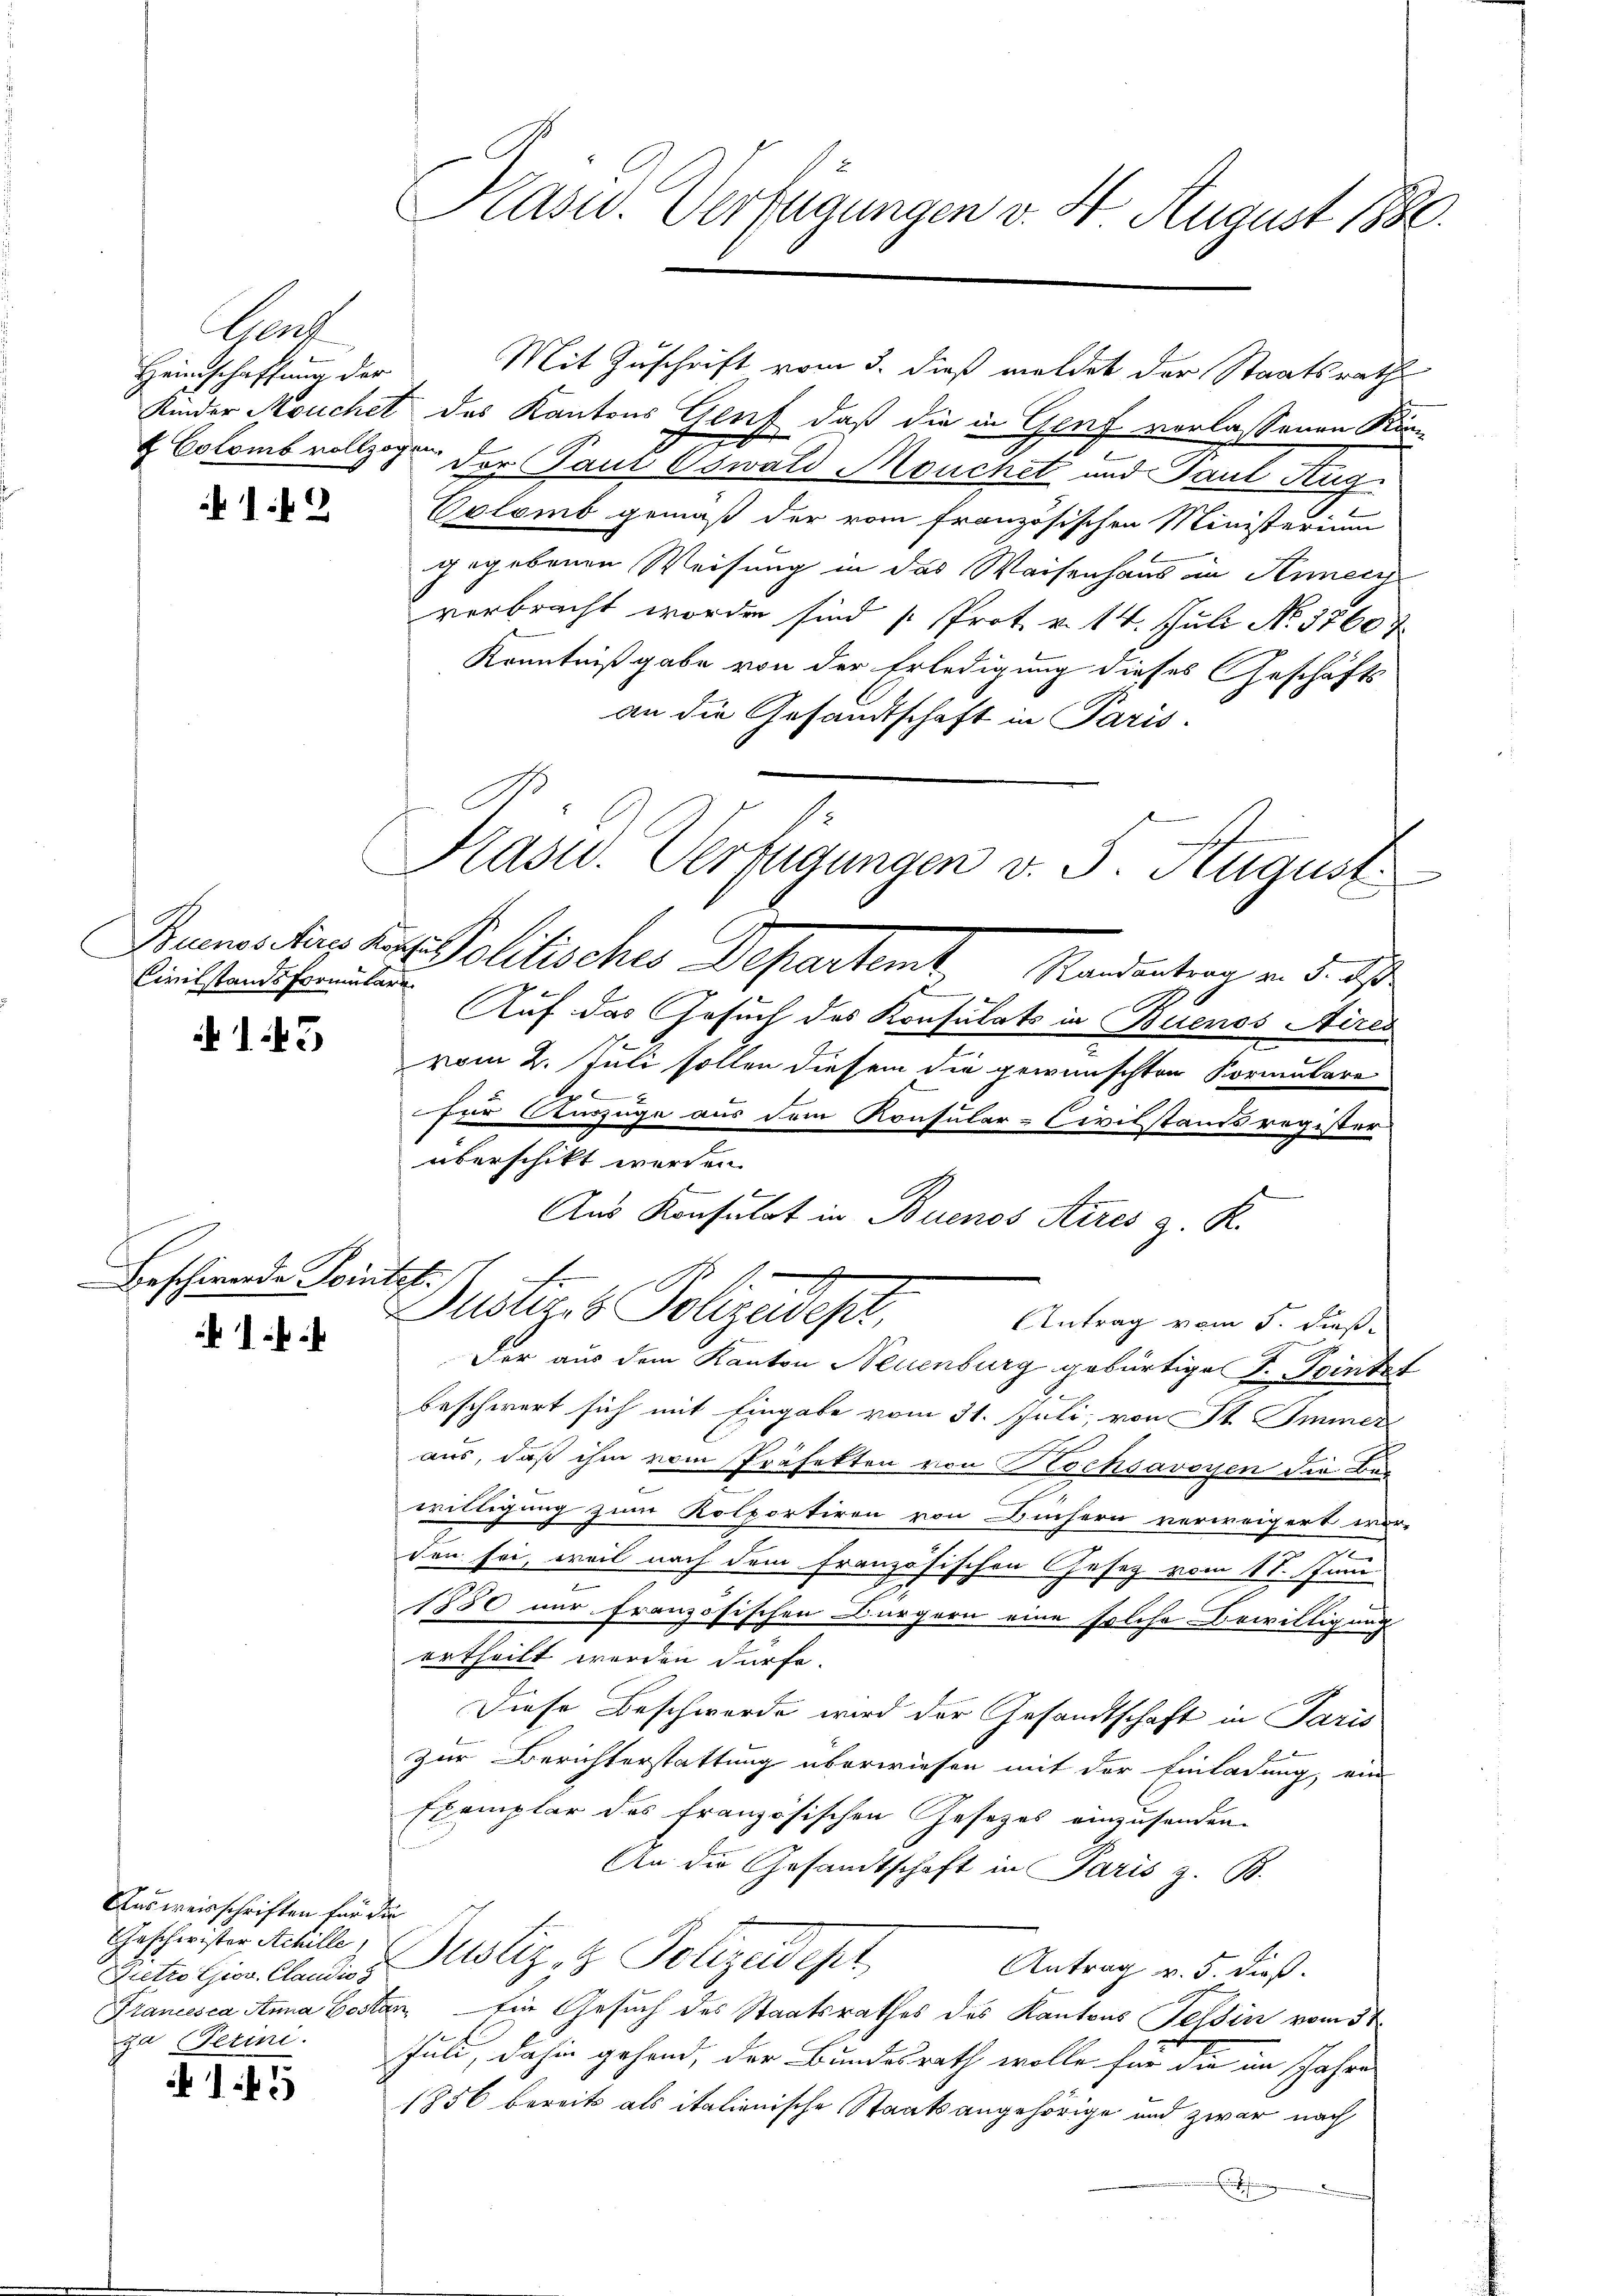
Benk
Heinschaffung der

Civilstandsformulare

43

Beschwerde Seitet.

Ausweisschriften für die
Geschwister Achille
Zietro Giov. Claudis s
Plancesca Anna Gosti
ja Ferini.

145

Präsid. Verfügungen v. 4. August 1880.

Mit Zuschrift vom 3. dieß meldet der Staatsrath
Kinder Mouchet des Kantons Genf, daß die in Gruf verlassenen Kin¬
& Colomb vollzogen der Paul Oswald Meuchet und Paul Aug.
Colomb gemäß der vom französischen Ministerium
gegebenen Weisung in das Waisenhaus in Annec
verbracht worden sind (Prot. v. 14. Juli No. 37607
Kenntnißgabe von der Erledigung dieses Geschäfts
an die Gesandtschaft in Paris.
Sumatis der Politisches Departamt, Mandention v. 5. ds
2
Auf das Gesuch des Konsulats in Buenos Aires
vom 2. Juli sollen diesem die gewünschten Kormulare
u
für Auszuge aus dem Konsular-Civilstandsregister
überschikt werden.
Aus Konsulat in Buenos Aires z. K.
Dustiges Polizeidep
Antrag vom 5. dieß.
Der aus dem Kanton Neuenburg gebürtige S. Trinket
beschwert sich mit Eingabe vom 31. Juli, von St. Immer
aus, daß ihm vom Präfekten von Kochsavoyen die Bewilligung zum Kolportiren von Bunsern verweigert wer-
den sei, weil nach dem französischen Gesetz vom 11. Juni
1880 nur französischen Bürgern eine solche Bewilligung
ertheilt werden dürfe.
Diese Beschwerde wird der Gesandtschaft in Paris
zur Berichterstattung überwiesen mit der Einladung, ein
Exemplar des Französischen Gesezes einzusenden.
An die Gesandtschaft in Paris z. B.
Justiz- & Polizeidept,
Antrag v. 5. dieß.
un in Gesuch des Staatsrathes des Kantons Tessin vom 31.
Juli, dahin gehend, der Bundesrath wolle für die im Jahre
1856 bereits als italienische Staatsangehörige und zwar nach

Kasid. Verfügungen v. 5. August.

n